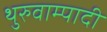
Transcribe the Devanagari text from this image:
थुरुवाम्पादी